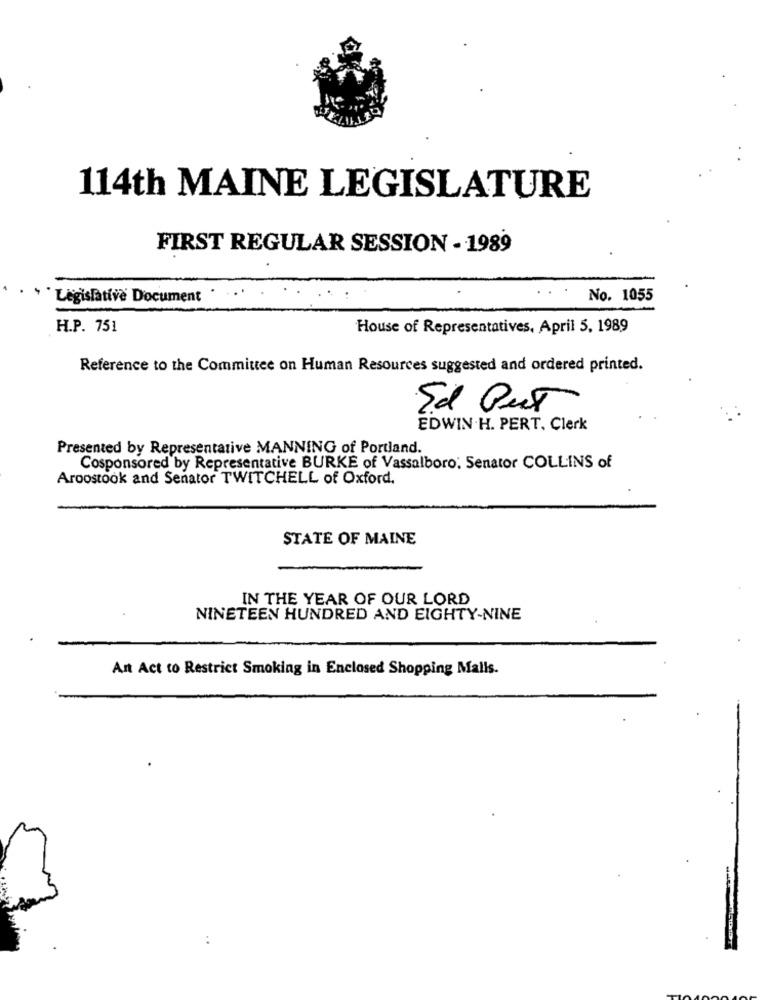
114th MAINE LEGISLATURE
FIRST REGULAR SESSION - 1989
Legislative Document
No. 1055
H.P. 751
House of Representatives. April 5, 1989
Reference to the Committee on Human Resources suggested and ordered printed.
Ed Put
EDWIN .H. PERT, Clerk
Presented by Representative MANNING of Portland.
Cosponsored by Representative BURKE of Vassalboro. Senator COLLINS of
Aroostook and Senator TWITCHELL of Oxford.
STATE OF MAINE
IN THE YEAR OF OUR LORD
NINETEEN HUNDRED AND EIGHTY-NINE
Ant Act to Restrict Smoking in Enclosed Shopping Malls.
..